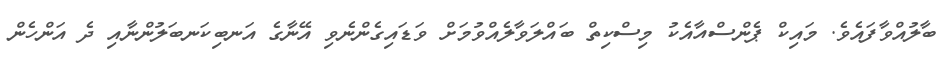
ބާލުއްވާފައެވެ. މައިކް ޕެންސްއާއެކު މިސްކިތް ބައްލަވާލެއްވުމަށް ވަޑައިގެންނެވި އޭނާގެ އަނބިކަނބަލުންނާއި ދެ އަންހެން